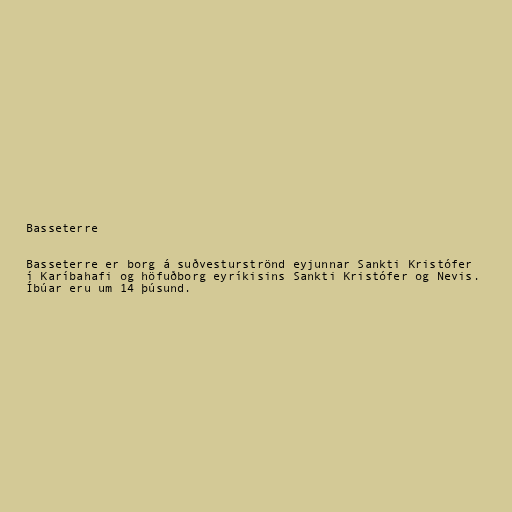
Basseterre

Basseterre er borg á suðvesturströnd eyjunnar Sankti Kristófer
í Karíbahafi og höfuðborg eyríkisins Sankti Kristófer og Nevis.
Íbúar eru um 14 þúsund.